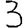
Digit: 3